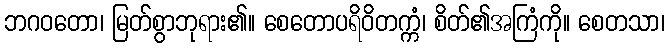
ဘဂဝတော၊ မြတ်စွာဘုရား၏။ စေတောပရိဝိတက္ကံ၊ စိတ်၏အကြံကို။ စေတသာ၊